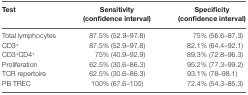
| Test | Sensitivity (confidence interval) | Specificity (confidence interval) |
 | --- | --- | --- |
 | Total lymphocytes | 87.5% (52.9–97.8) | 75% (56.6–87.3) |
 | CD3+ | 87.5% (52.9–97.8) | 82.1% (64.4–92.1) |
 | CD3+CD4+ | 75% (40.9–92.9) | 89.3% (72.8–96.3) |
 | Proliferation | 62.5% (30.6–86.3) | 95.2% (77.3–99.2) |
 | TCR repertoire | 62.5% (30.6–86.3) | 93.1% (78–98.1) |
 | PB TREC | 100% (67.6–100) | 72.4% (54.3–85.3) |